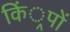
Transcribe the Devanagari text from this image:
किं्रपों